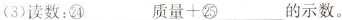
(3)读数：㉔___质量+㉕___的示数。